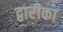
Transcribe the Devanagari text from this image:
द्वारीका